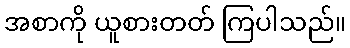
အစာကို ယူစားတတ် ကြပါသည်။